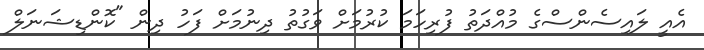
އެއީ ލައިސެންސްގެ މުއްދަތު ފުރިހަމަ ކުރުމަށް ވަގުތު ދިނުމަށް ފަހު ދިން "ކޮންޑިޝަނަލް